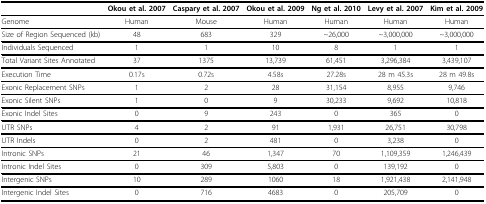
|  | Okou et al. 2007 | Caspary et al. 2007 | Okou et al. 2009 | Ng et al. 2010 | Levy et al. 2007 | Kim et al. 2009 |
 | --- | --- | --- | --- | --- | --- | --- |
 | Genome | Human | Mouse | Human | Human | Human | Human |
 | Size of Region Sequenced (kb) | 48 | 683 | 329 | ~26,000 | ~3,000,000 | ~3,000,000 |
 | Individuals Sequenced | 1 | 1 | 10 | 8 | 1 | 1 |
 | Total Variant Sites Annotated | 37 | 1375 | 13,739 | 61,451 | 3,296,384 | 3,439,107 |
 | Execution Time | 0.17s | 0.72s | 4.58s | 27.28s | 28 m 45.3s | 28 m 49.8s |
 | Exonic Replacement SNPs | 1 | 2 | 28 | 31,154 | 8,955 | 9,746 |
 | Exonic Silent SNPs | 1 | 0 | 9 | 30,233 | 9,692 | 10,818 |
 | Exonic Indel Sites | 0 | 9 | 243 | 0 | 365 | 0 |
 | UTR SNPs | 4 | 2 | 91 | 1,931 | 26,751 | 30,798 |
 | UTR Indels | 0 | 2 | 481 | 0 | 3,238 | 0 |
 | Intronic SNPs | 21 | 46 | 1,347 | 70 | 1,109,359 | 1,246,439 |
 | Intronic Indel Sites | 0 | 309 | 5,803 | 0 | 139,192 | 0 |
 | Intergenic SNPs | 10 | 289 | 1060 | 18 | 1,921,438 | 2,141,948 |
 | Intergenic Indel Sites | 0 | 716 | 4683 | 0 | 205,709 | 0 |